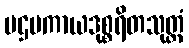
ပဌမကာယဒုစ္စရိတသုတ္တံ